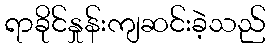
ရာခိုင်နှုန်းကျဆင်းခဲ့သည်